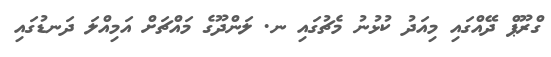
ގްރޫޕް ދޭއްގައި މިއަދު ކުޅުނު މެޗުގައި ނ. ލަންދޫގެ މައްޗަށް އަމިއްލަ ދަނޑުގައި